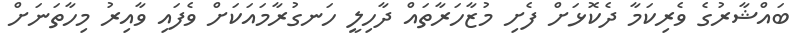
ބައްޝާރުގެ ވެރިކަމާ ދެކޮޅަށް ފެށި މުޒާހަރާތައް ދާހިލީ ހަނގުރާމައަކަށް ވެފައި ވާއިރު މިހާތަނަށް